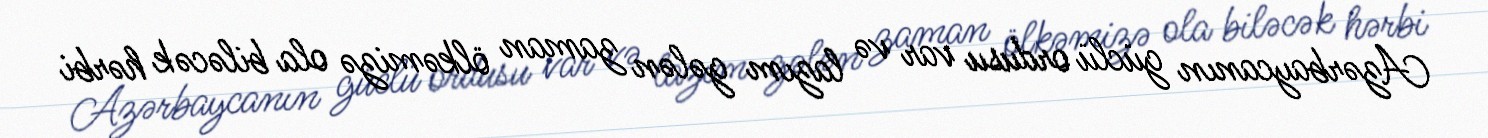
Azərbaycanın güclü ordusu var və lazım gələn zaman ölkəmizə ola biləcək hərbi